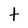
Character: t